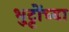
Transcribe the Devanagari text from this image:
भुट्टोंच्या